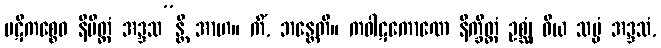
ပဋိကစ္စေဝ နိမိတ္တံ အဒ္ဒသ”န္တိ အာဟ။ ကိံ, ဘန္တေတိ။ ကဝါဋကောဏေ နိက္ခိတ္တံ ဥစ္ဆုံ ဝိယ သပ္ပံ အဒ္ဒသံ,